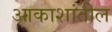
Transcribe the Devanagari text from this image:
आकाशांतील